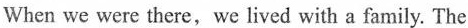
When we were there,we lived with a family. The